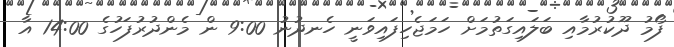
ފޯމު ދޫކުރުމާއި ބަލައިގަތުމަށް ހަމަޖެހިފައިވަނީ ހެނދުނު 9:00 ން މެންދުރުފަހުގެ 14:00 އާ